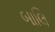
બાલિ